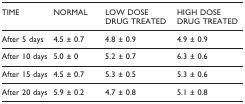
<table><thead><tr><td><b>TIME</b></td><td><b>NORMAL</b></td><td><b>LOW DOSE DRUG TREATED</b></td><td><b>HIGH DOSE DRUG TREATED</b></td></tr></thead><tbody><tr><td>After 5 days</td><td>4.5 ± 0.7</td><td>4.8 ± 0.9</td><td>4.9 ± 0.9</td></tr><tr><td>After 10 days</td><td>5.0 ± 0</td><td>5.2 ± 0.7</td><td>6.3 ± 0.6</td></tr><tr><td>After 15 days</td><td>4.5 ± 0.7</td><td>5.3 ± 0.5</td><td>5.3 ± 0.6</td></tr><tr><td>After 20 days</td><td>5.9 ± 0.2</td><td>4.7 ± 0.8</td><td>5.1 ± 0.8</td></tr></tbody></table>